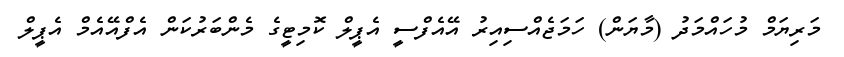
މަރިޔަމް މުހައްމަދު (މާޔަން) ހަމަޖެއްސިއިރު އޭއެފްސީ އެޕީލް ކޮމިޓީގެ މެންބަރުކަން އެފްއޭއެމް އެޕީލް